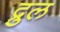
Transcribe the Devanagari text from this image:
द्रुल